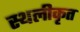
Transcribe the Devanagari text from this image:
स्थलीकृत